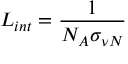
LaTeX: { \cal L } _ { i n t } = { \frac { 1 } { N _ { A } \sigma _ { \nu N } } }